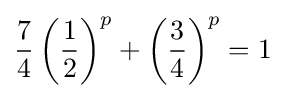
{\frac {7}{4}}\left({\frac {1}{2}}\right)^{p}+\left({\frac {3}{4}}\right)^{p}=1